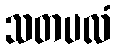
သတပလံ